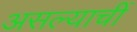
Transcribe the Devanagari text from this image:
असल्याचीं